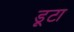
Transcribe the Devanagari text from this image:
डूटा